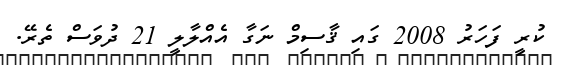
ކުރީ ފަހަރު 2008 ގައި ޤާސިމް ނަގާ އެއްލާލީ 21 ދުވަސް ތެރޭ.